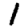
Digit: 1